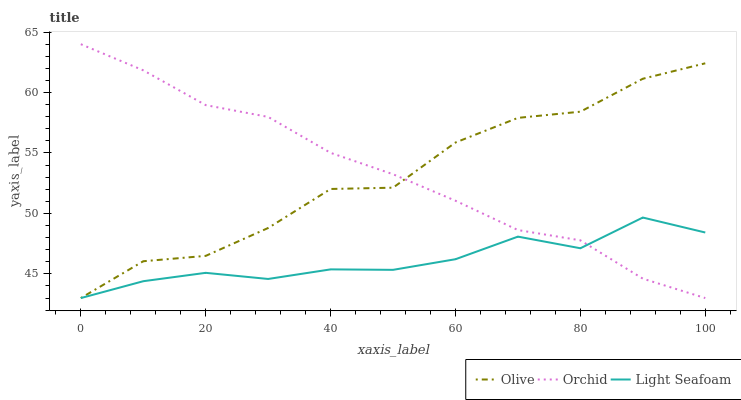
| xaxis_label | Olive | Orchid | Light Seafoam |
 | --- | --- | --- | --- |
 | 0 | 43 | 64 | 43 |
 | 10 | 46 | 61.8 | 44.4 |
 | 20 | 46.5 | 59 | 45.1 |
 | 30 | 48.8 | 58 | 44.6 |
 | 40 | 52 | 55 | 45.4 |
 | 50 | 52.1 | 53.2 | 45.3 |
 | 60 | 55.9 | 51.1 | 46.2 |
 | 70 | 57.9 | 48.6 | 48.1 |
 | 80 | 58.4 | 47.8 | 47.1 |
 | 90 | 61.1 | 44.6 | 49.7 |
 | 100 | 62.4 | 43 | 48.4 |